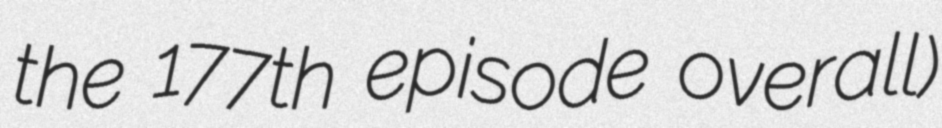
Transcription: the 177th episode overall)